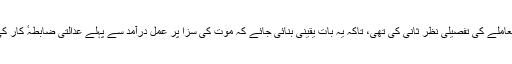
افغان حکام نے اعلان کیا ہے کہ اُنھوں نے اس معاملے کی تفصیلی نظر ثانی کی تھی، تاکہ یہ بات یقینی بنائی جائے کہ موت کی سزا پر عمل درآمد سے پہلے عدالتی ضابطہٴ کار کی ذمہ داریوں پر عمل درآمد کو یقینی بنایا جائے۔